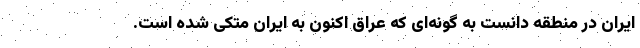
ایران در منطقه دانست به گونه‌ای که عراق اکنون به ایران متکی شده است.